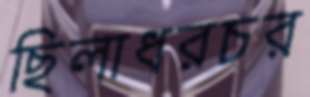
ছিলাধরচর